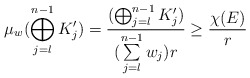
\begin{align*}\mu_w (\bigoplus_{j = l}^{n-1} K_j') = \frac{(\bigoplus_{j = l}^{n-1} K_j')}{(\sum\limits_{j=l}^{n-1} w_j)r} \geq \frac{\chi(E)}{r}\end{align*}